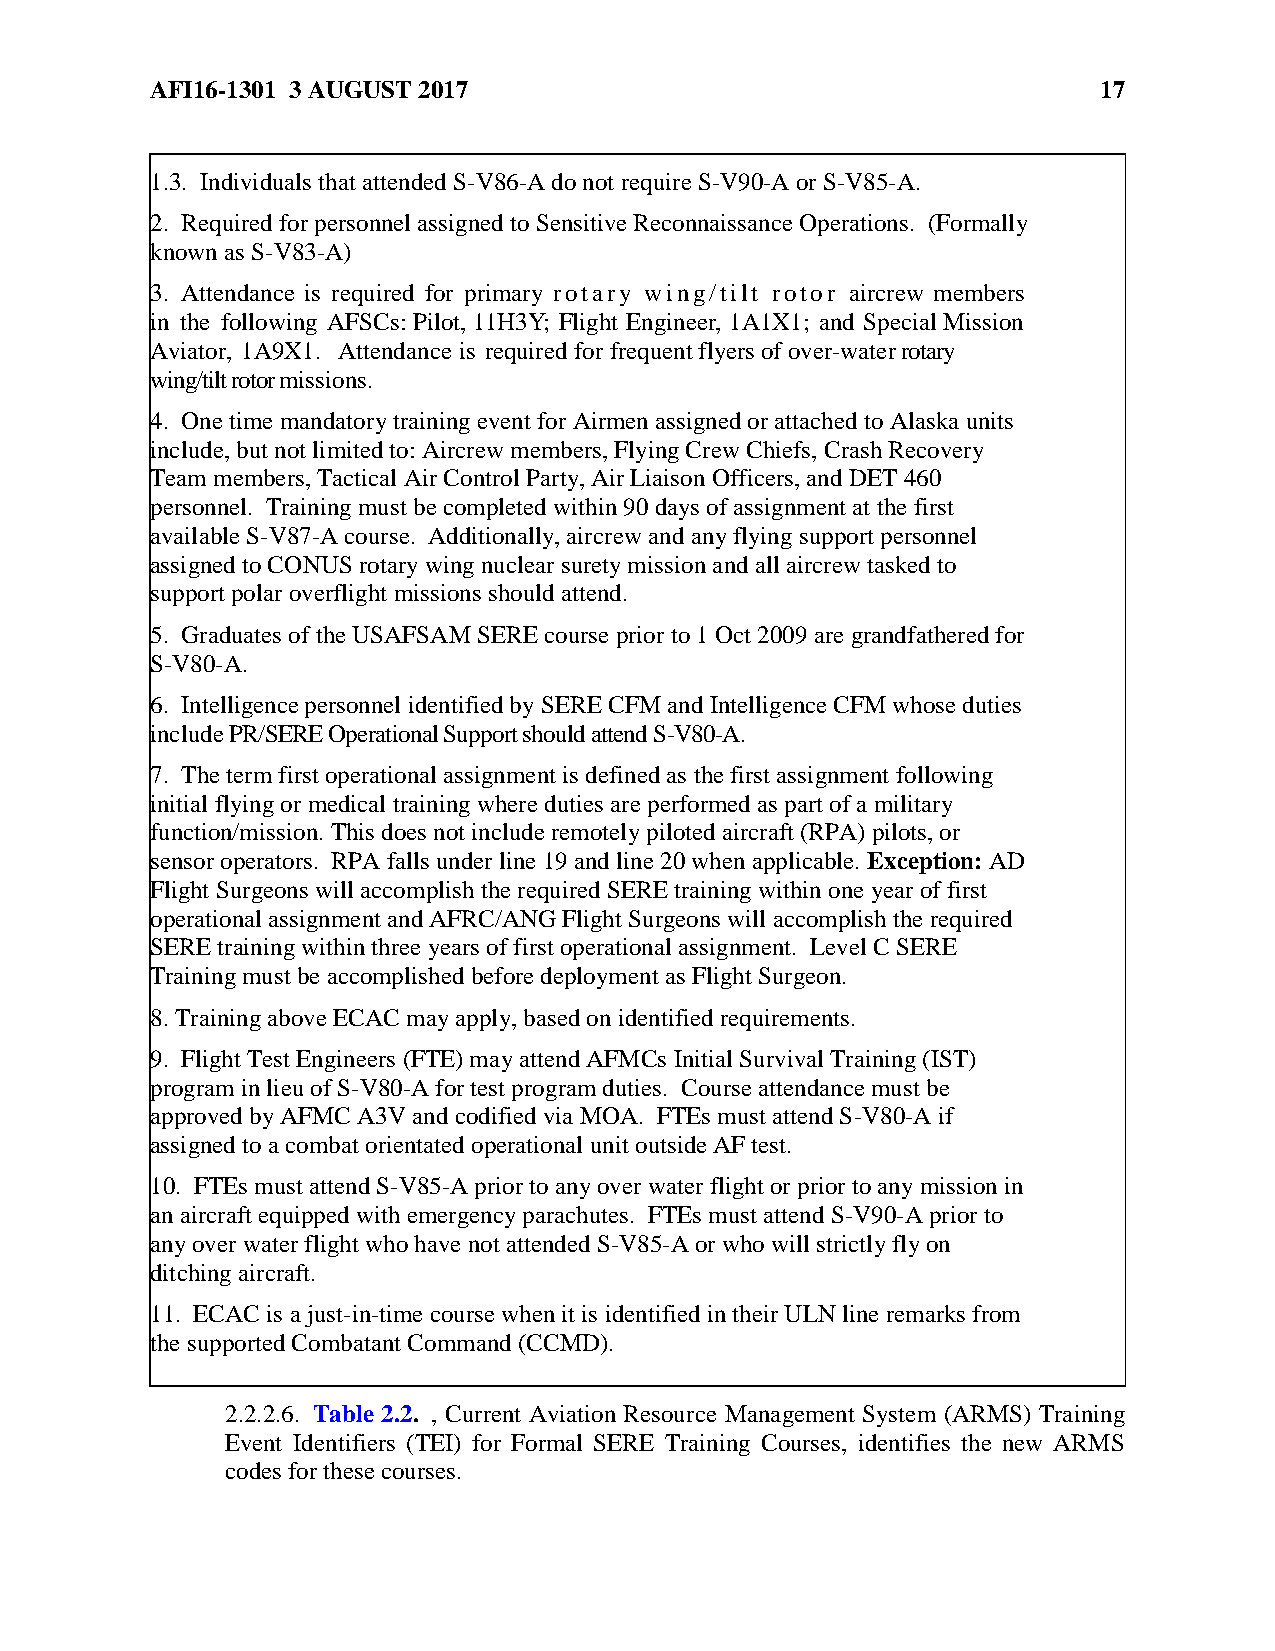
AFI16-1301 3 AUGUST 2017                                       17
 1.3. Individuals that attended S-V86-A do not require S-V90-A or S-V85-A.
 2. Required for personnel assigned to Sensitive Reconnaissance Operations. (Formally
 known as S-V83-A)
 3. Attendance is required for primary rotary wing/tilt rotor aircrew members
 in the following AFSCs: Pilot, 11H3Y; Flight Engineer, 1A1X1; and Special Mission
 Aviator, 1A9X1. Attendance is required for frequent flyers of over-water rotary
 wing/tilt rotor missions.
 4. One time mandatory training event for Airmen assigned or attached to Alaska units
 include, but not limited to: Aircrew members, Flying Crew Chiefs, Crash Recovery
 Team members, Tactical Air Control Party, Air Liaison Officers, and DET 460
 personnel. Training must be completed within 90 days of assignment at the first
 available S-V87-A course. Additionally, aircrew and any flying support personnel
 assigned to CONUS rotary wing nuclear surety mission and all aircrew tasked to
 support polar overflight missions should attend.
 5. Graduates of the USAFSAM SERE course prior to 1 Oct 2009 are grandfathered for
 S-V80-A.
 6. Intelligence personnel identified by SERE CFM and Intelligence CFM whose duties
 include PR/SERE Operational Support should attend S-V80-A.
 7. The term first operational assignment is defined as the first assignment following
 initial flying or medical training where duties are performed as part of a military
 function/mission. This does not include remotely piloted aircraft (RPA) pilots, or
 sensor operators. RPA falls under line 19 and line 20 when applicable. Exception: AD
 Flight Surgeons will accomplish the required SERE training within one year of first
 operational assignment and AFRC/ANG Flight Surgeons will accomplish the required
 SERE training within three years of first operational assignment. Level C SERE
 Training must be accomplished before deployment as Flight Surgeon.
 8. Training above ECAC may apply, based on identified requirements.
 9. Flight Test Engineers (FTE) may attend AFMCs Initial Survival Training (IST)
 program in lieu of S-V80-A for test program duties. Course attendance must be
 approved by AFMC A3V and codified via MOA. FTEs must attend S-V80-A if
 assigned to a combat orientated operational unit outside AF test.
 10. FTEs must attend S-V85-A prior to any over water flight or prior to any mission in
 an aircraft equipped with emergency parachutes. FTEs must attend S-V90-A prior to
 any over water flight who have not attended S-V85-A or who will strictly fly on
 ditching aircraft.
 11. ECAC is a just-in-time course when it is identified in their ULN line remarks from
 the supported Combatant Command (CCMD).
 2.2.2.6. Table 2.2. , Current Aviation Resource Management System (ARMS) Training
 Event Identifiers (TEI) for Formal SERE Training Courses, identifies the new ARMS
 codes for these courses.